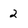
Character: 2